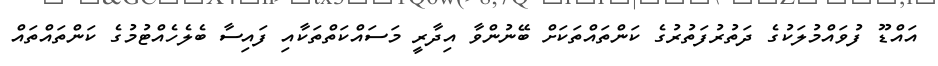
އައްޑޫ ފުވައްމުލަކުގެ ދަތުރުފަތުރުގެ ކަންތައްތަކަށް ބޭނުންވާ އިދާރީ މަސައްކަތްތަކާއި ފައިސާ ބެލެހެއްޓުމުގެ ކަންތައްތައް